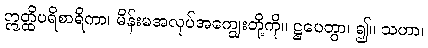
ဣတ္ထိပရိစာရိကာ၊ မိန်းမအလုပ်အကျွေးတို့ကို။ ဋ္ဌပေတွာ၊ ၍။ သဟာ၊